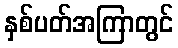
နှစ်ပတ်အကြာတွင်